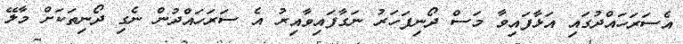
އެސަރަހައްދުގައި އަޅާފައިވާ މަސް ދޯނިފަހަރު ނަގާފައިވާއިރު އެ ސަރަހައްދުން ނެގި ދޯނިތަކަށް މާލޭ